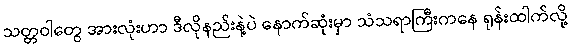
သတ္တဝါတွေ အားလုံးဟာ ဒီလိုနည်းနဲ့ပဲ နောက်ဆုံးမှာ သံသရာကြီးကနေ ရုန်းထါက်လို့